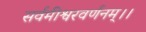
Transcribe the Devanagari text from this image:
सर्वमीश्वरवर्णनम्।।